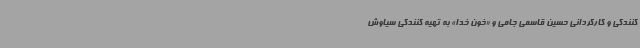
کنندگی و کارگردانی حسین قاسمی جامی و «خون خدا» به تهیه کنندگی سیاوش